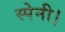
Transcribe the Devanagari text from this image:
स्पेनी।